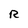
Character: R